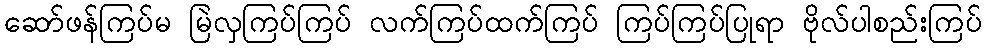
ဆော်ဖန်ကြပ်မ မြဲလှကြပ်ကြပ် လက်ကြပ်ထက်ကြပ် ကြပ်ကြပ်ပြုရာ ဗိုလ်ပါစည်းကြပ်